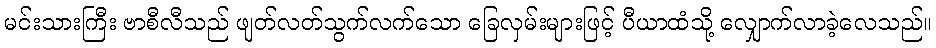
မင်းသားကြီး ဗာစီလီသည် ဖျတ်လတ်သွက်လက်သော ခြေလှမ်းများဖြင့် ပီယာထံသို့ လျှောက်လာခဲ့လေသည်။